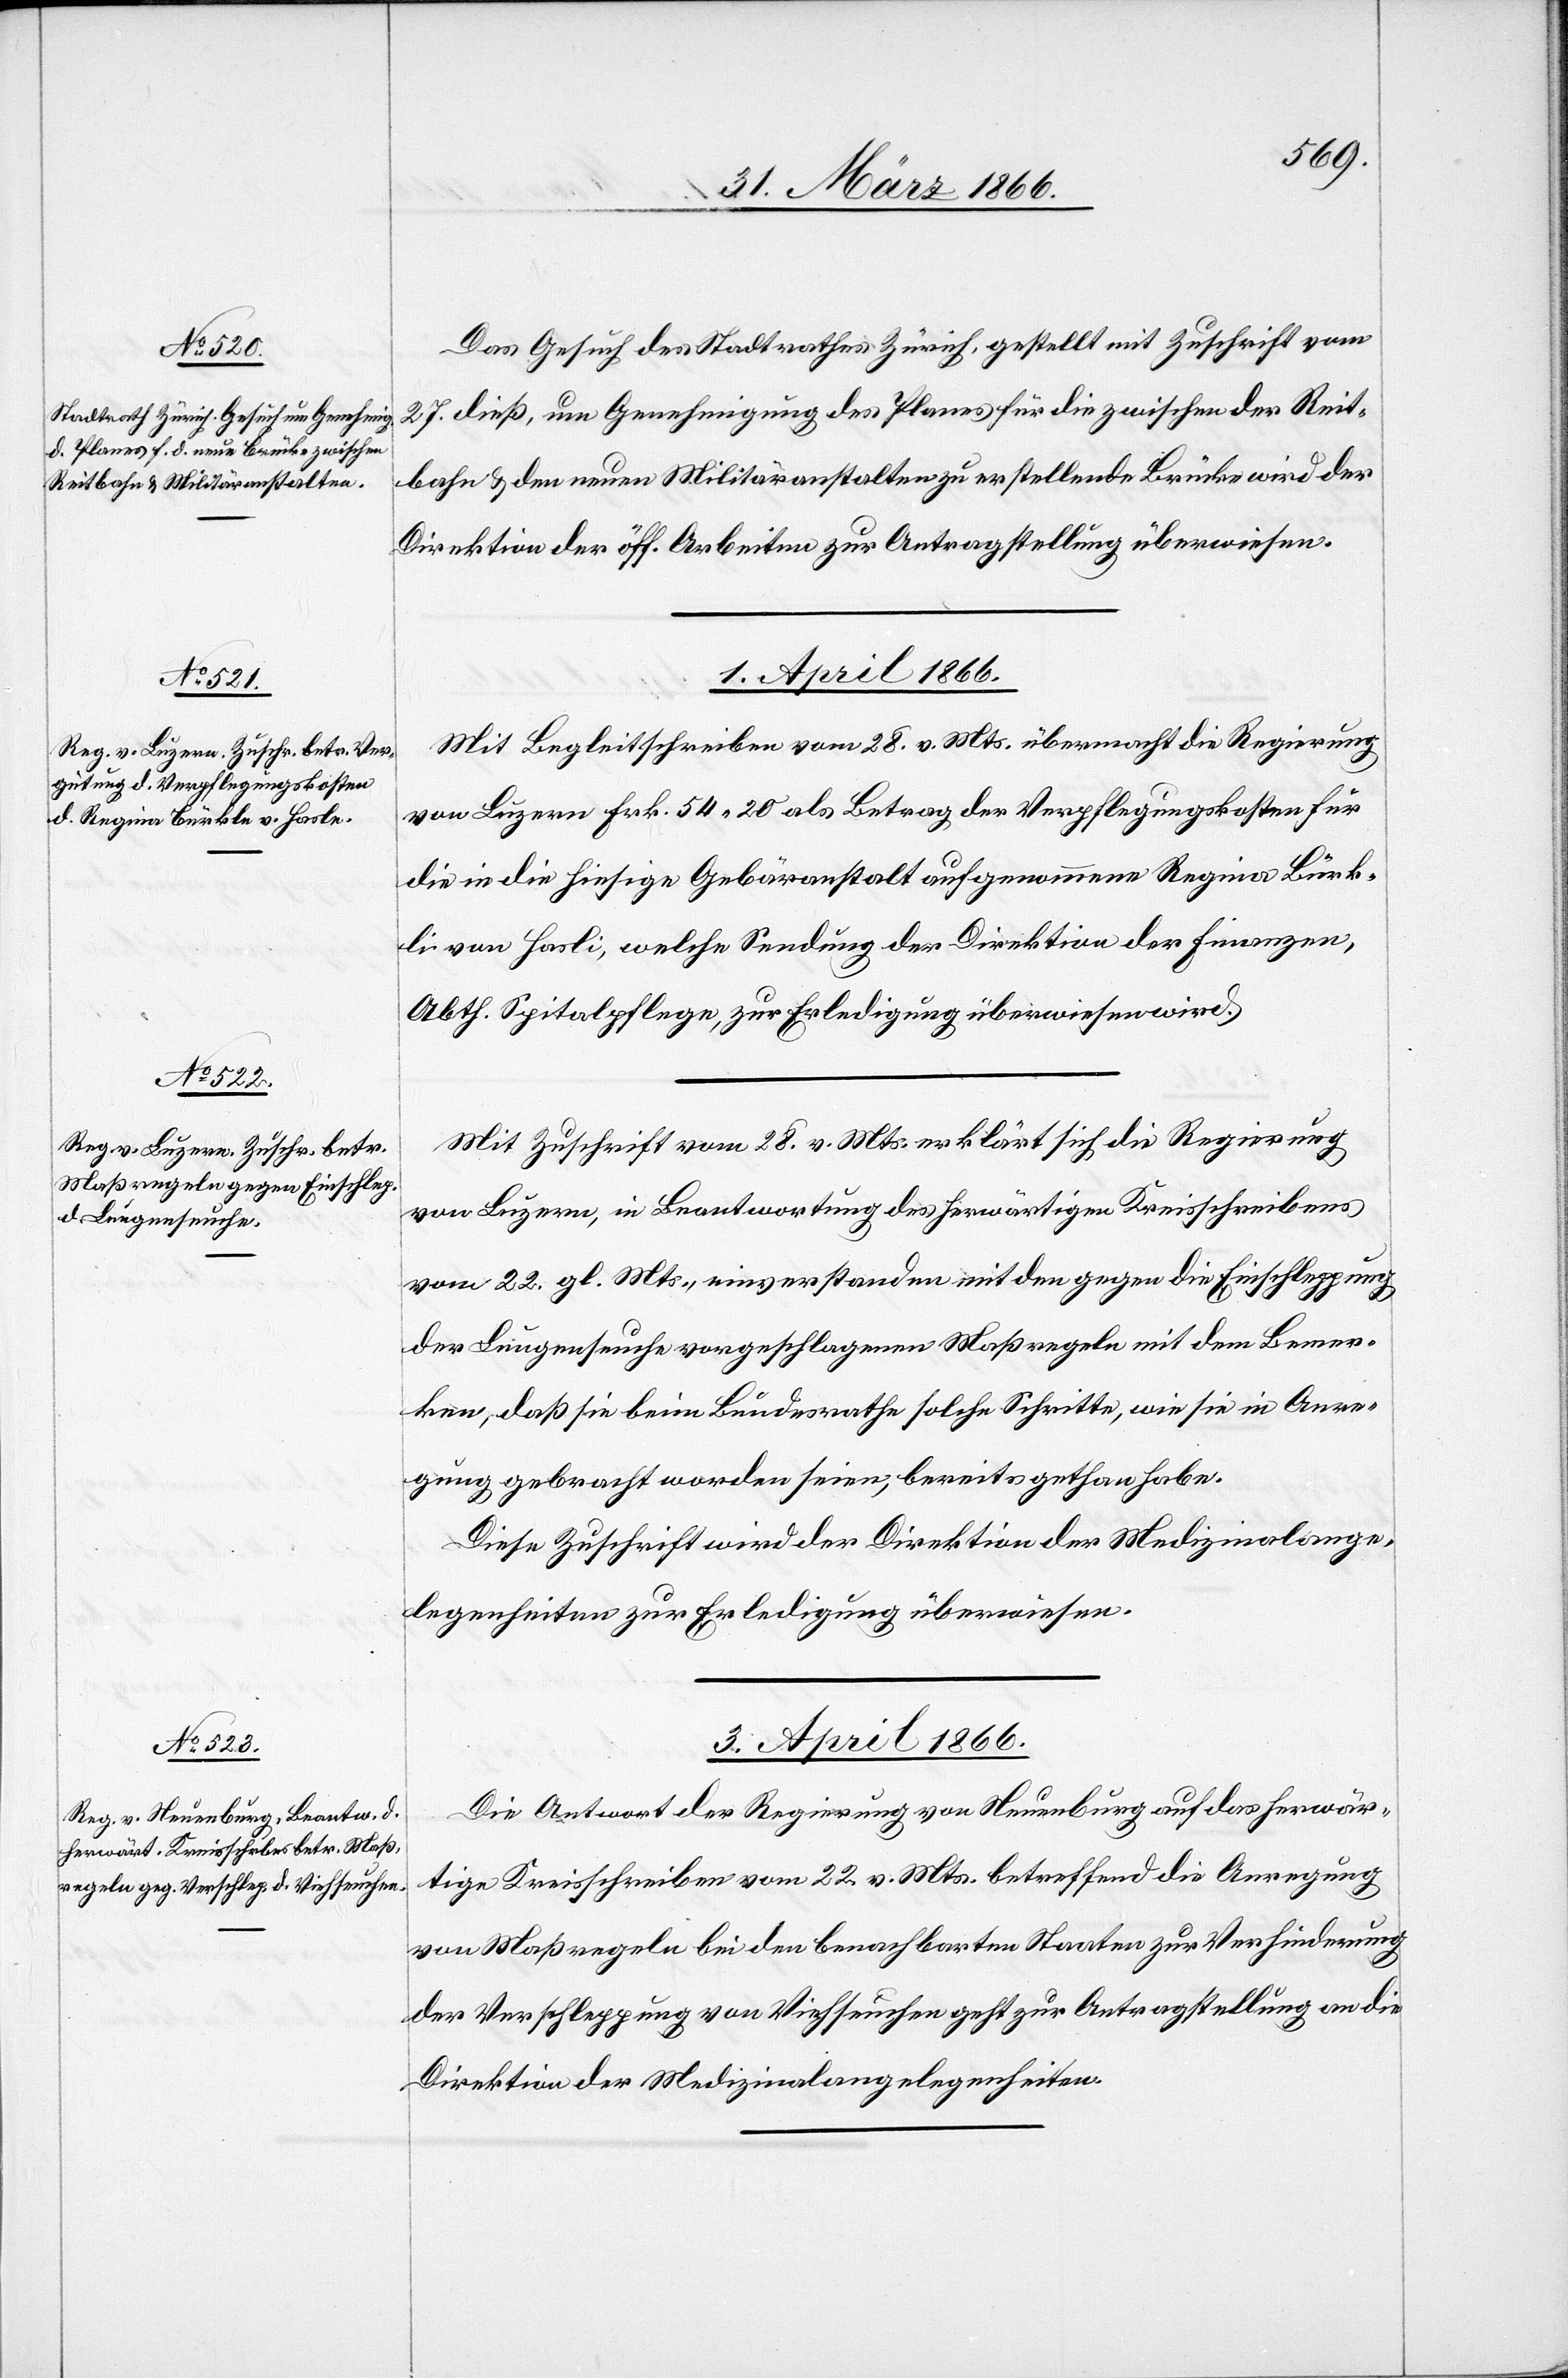
31. März 1866.]
Das Gesuch des Stadtrathes Zürich, gestellt mit Zuschrift vom
27. dieß, um Genehmigung des Planes für die zwischen der Reit¬
bahn u. den neuen Militäranstalten zu erstellende Brücke wird der
Direktion der öff. Arbeiten zur Antragstellung überwiesen.
1. April 1866.]
Mit Begleitschreiben vom 28. v. Mts. übermacht die Regierung
von Luzern Frk. 54.20 als Betrag der Verpflegungskosten für
die in die hiesige Gebäranstalt aufgenommene Regina Bürk¬
li von Hasli [sic!], welche Sendung der Direktion der Finanzen,
Abth. Spitalpflege, zur Erledigung überwiesen wird.
Mit Zuschrift vom 28. v. Mts. erklärt sich die Regierung
von Luzern, in Beantwortung des herwärtigen Kreisschreibens
vom 22. gl. Mts., einverstanden mit den gegen die Einschleppung
der Lungenseuche vorgeschlagenen Maßregeln mit dem Bemer¬
ken, daß sie beim Bundesrathe solche Schritte, wie sie in Anre¬
gung gebracht worden seien, bereits gethan habe.
Diese Zuschrift wird der Direktion der Medizinalange¬
legenheiten zur Erledigung überwiesen.
3. April 1866.
Die Antwort der Regierung von Neuenburg auf das herwär¬
tige Kreisschreiben vom 22. v. Mts. betreffend die Anregung
von Maßregeln bei den benachbarten Staaten zur Verhinderung
der Verschleppung von Viehseuchen geht zur Antragstellung an die
Direktion der Medizinalangelegenheiten.